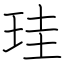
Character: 珪